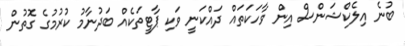
ބުނެ އިލެކްޝަންސް އިން ވާހަކަތައް ދައްކަނީ ވަކި ޕާޓީތަކެއް ބަދުނާމު ކުރުމުގެ ގޮތުން